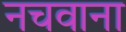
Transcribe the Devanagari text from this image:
नचवाना